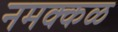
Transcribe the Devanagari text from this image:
नमक्कळ